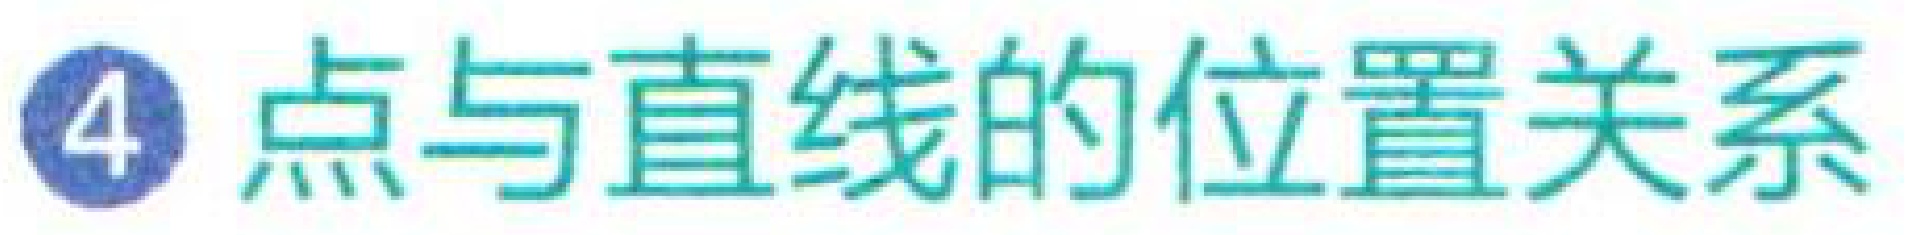
\textcircled{4} 点与直线的位置关系